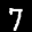
Label: 7